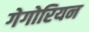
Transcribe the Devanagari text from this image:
गेगोरियन